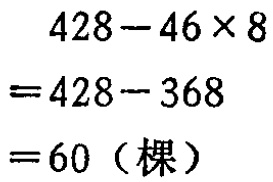
\[

\begin{align*}

&428 - 46\times8\\

=&428 - 368\\

=&60 (\text{棵})

\end{align*}

\]